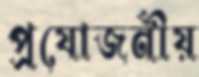
প্রযোজনীয়